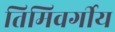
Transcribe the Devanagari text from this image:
तिमिवर्गीय